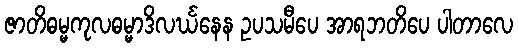
ဇာတိဓမ္မကုလဓမ္မာဒိလင်္ဃနေန ဥပသမီပေ အာရဘတိပေ ပါတာလေ